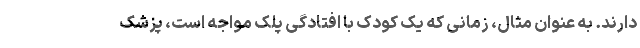
دارند. به عنوان مثال، زمانی که یک کودک با افتادگی پلک مواجه است، پزشک